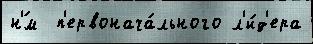
н'́м  п'ервонача́льного л'и́д'ера